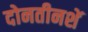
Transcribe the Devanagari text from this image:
दोनतीनशें